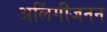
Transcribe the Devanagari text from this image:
अलिंगीजनन